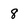
Character: 8